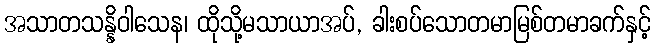
အသာတသန္နိဝါသေန၊ ထိုသို့မသာယာအပ်, ခါးစပ်သောတမာမြစ်တမာခက်နှင့်